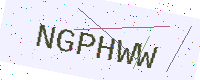
Text: NGPHWW